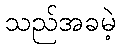
သည်အခမဲ့